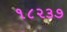
૧૮૨૩૭